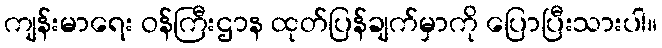
ကျန်းမာရေး ဝန်ကြီးဌာန ထုတ်ပြန်ချက်မှာကို ပြောပြီးသားပါ။